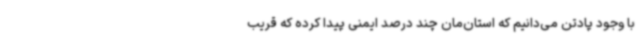
با وجود پادتن می‌دانیم که استان‌مان چند درصد ایمنی پیدا کرده که قریب